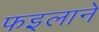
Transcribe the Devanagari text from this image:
फइलाने